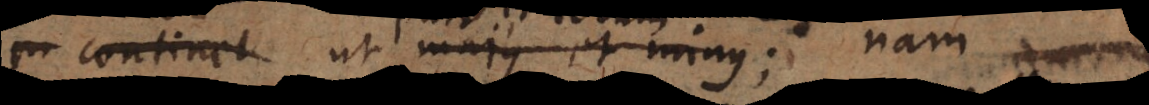
pr continet majus et minus; pars